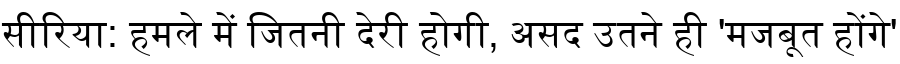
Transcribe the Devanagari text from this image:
सीरिया: हमले में जितनी देरी होगी, असद उतने ही 'मजबूत होंगे'